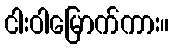
ငါးဝါမြောက်ကား။